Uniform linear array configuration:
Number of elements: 24
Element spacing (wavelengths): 0.75
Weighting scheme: exponential
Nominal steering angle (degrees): -15
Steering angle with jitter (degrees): -14.884
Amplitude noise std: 0.05
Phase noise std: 0.05

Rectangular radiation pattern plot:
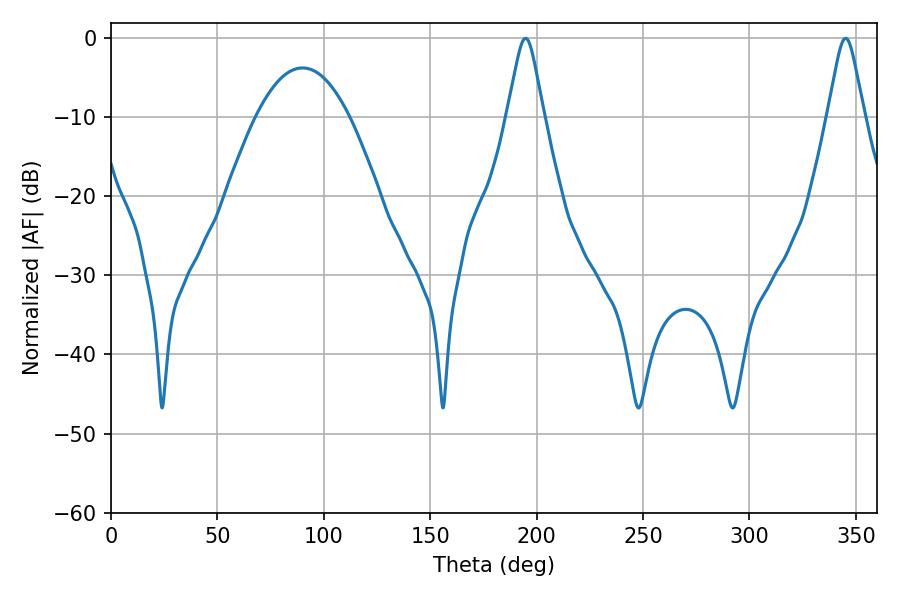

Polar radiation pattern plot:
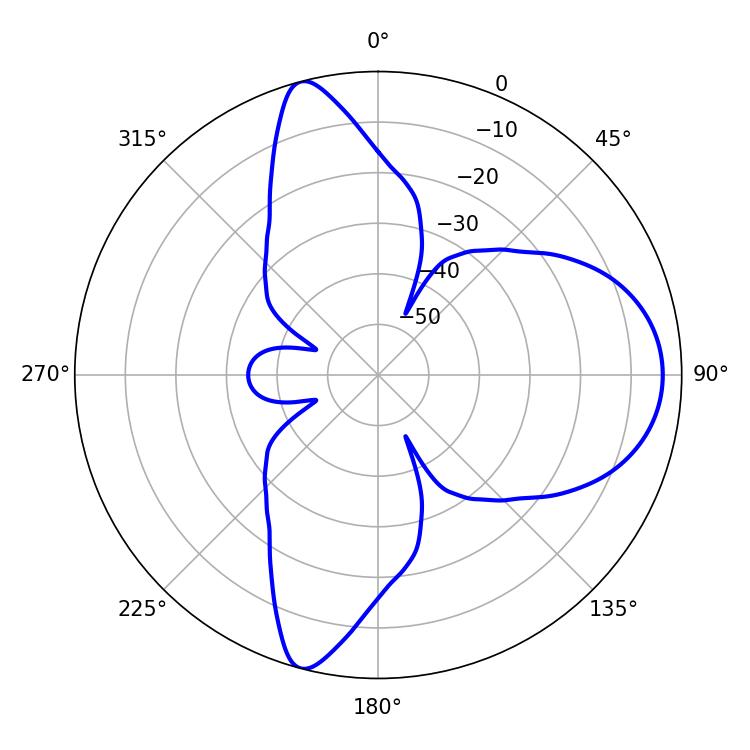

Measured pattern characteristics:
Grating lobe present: TRUE
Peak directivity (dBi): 11.278
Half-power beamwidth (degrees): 8.1
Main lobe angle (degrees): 194.76